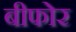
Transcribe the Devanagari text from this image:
बीफोर